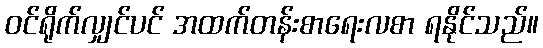
ဝင်ရိုက်လျှင်ပင် အထက်တန်းစာရေးလစာ ရနိုင်သည်။